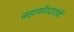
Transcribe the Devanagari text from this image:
जहागीरदारांची